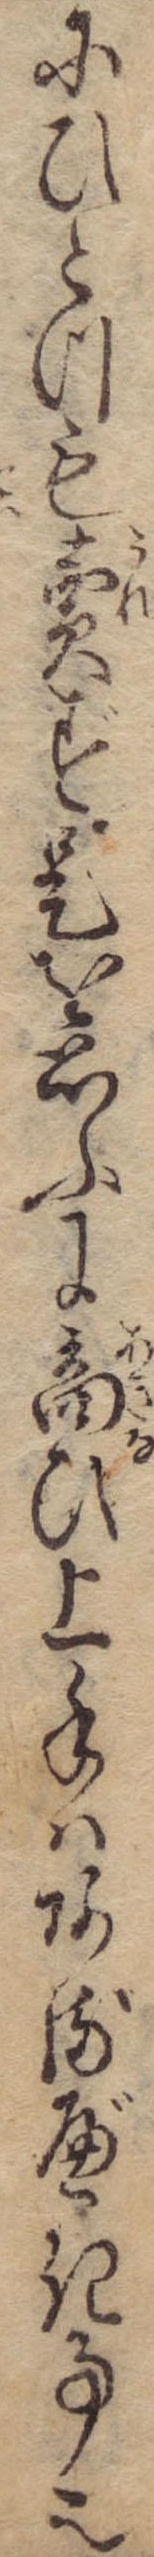
にひとつも売ず是を思ふに商ひ上手はあるべき事也